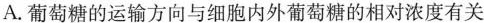
A.葡萄糖的运输方向与细胞内外葡萄糖的相对浓度有关